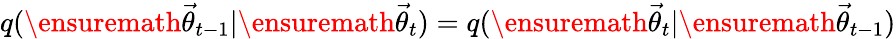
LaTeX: q(\ensuremath{\vec{\theta}}_{t-1}|\ensuremath{\vec{\theta}}_{t})=q(\ensuremath{\vec{\theta}}_{t}|\ensuremath{\vec{\theta}}_{t-1})